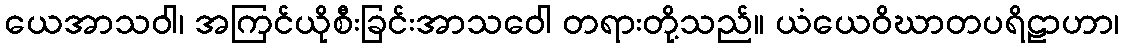
ယေအာသဝါ၊ အကြင်ယိုစီးခြင်းအာသဝေါ တရားတို့သည်။ ယံယေဝိဃာတပရိဠာဟာ၊